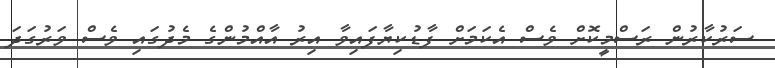
ސަރުކާރުން ރަސްމީކޮށް ވެސް އެކަމަށް ފާޑުކިޔާފައިވާ އިރު އާއްމުންގެ މެދުގައި ވެސް ވަރުގަދަ